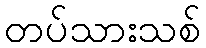
တပ်သားသစ်